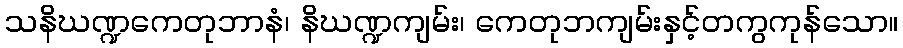
သနိဃဏ္ဍကေတုဘာနံ၊ နိဃဏ္ဍကျမ်း၊ ကေတုဘကျမ်းနှင့်တကွကုန်သော။